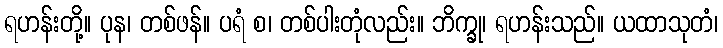
ရဟန်းတို့။ ပုန၊ တစ်ဖန်။ ပရံ စ၊ တစ်ပါးတုံလည်း။ ဘိက္ခု၊ ရဟန်းသည်။ ယထာသုတံ၊